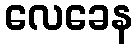
လေခေန